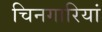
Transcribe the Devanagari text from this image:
चिनगारियां